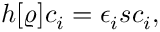
\begin{array} { l } { { \displaystyle h [ \varrho ] c _ { i } = \epsilon _ { i } s c _ { i } } , } \end{array}